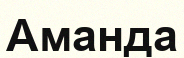
Аманда